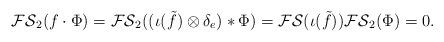
LaTeX: \begin{align*}\mathcal{FS}_2(f \cdot \Phi)= \mathcal{FS}_2((\iota(\tilde{f})\otimes \delta_e) * \Phi) = \mathcal{FS}( \iota(\tilde{f})) \mathcal{FS}_2(\Phi)=0. \end{align*}